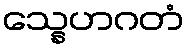
သ္နေဟဂတံ